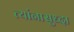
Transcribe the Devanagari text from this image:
त्यांनासुध्दा